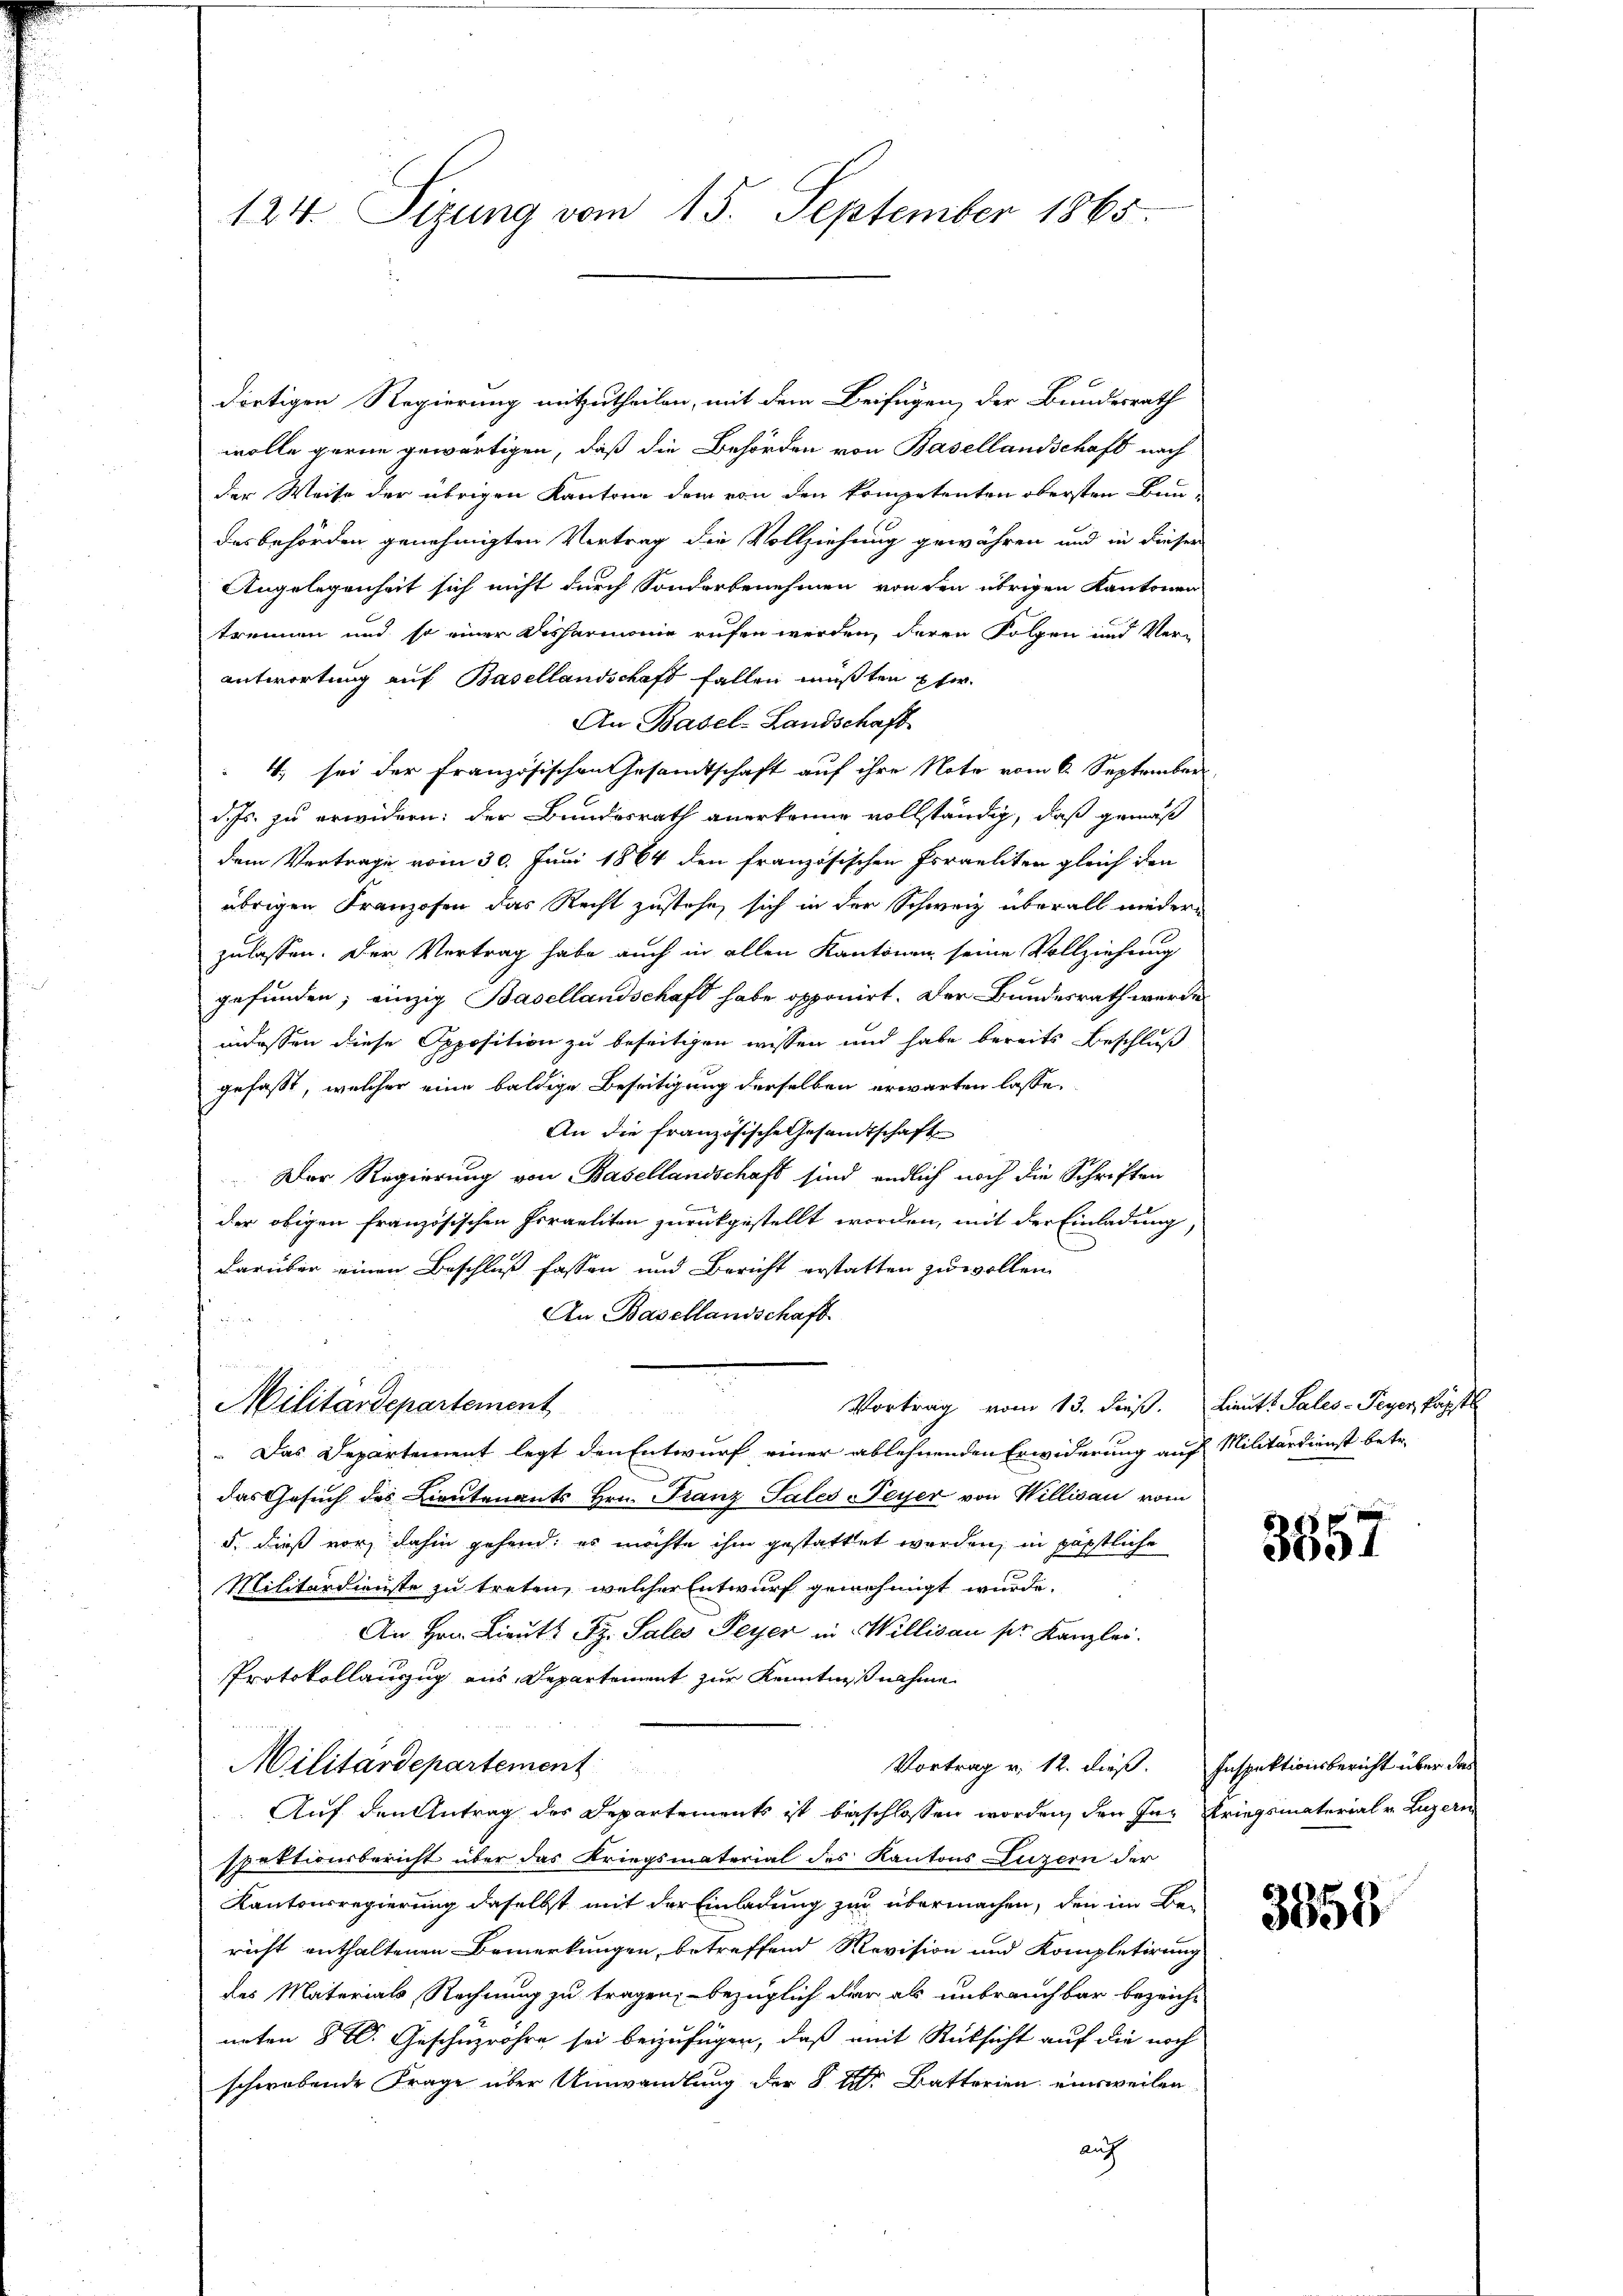
124. Sizung vom 15. September 1865.

dortigen Regierung mitzutheilen, mit dem Beifügen, der Bundesrath
wolle gerne gewärtigen, daß die Behörden von Basellandschaft nach
der Weise der übrigen Kantone dem von den kompetenten obersten Baudesbehörden genehmigten Vertrag die Vollziehung gewähren und in dieser
Angelegenheit sich nicht durch Sonderbenehmen von den übrigen Kantonen
trennen und so einer Disharmonie rufen werden, deren Folgen und Ver-
antwortung auf Basellandschaft fallen müßten pfer.
An Basel-Landschaft
4. sei der Französischen Gesamtschaft auf ihre Note vom 6. September
d. Js. zu erwidern: der Bundesrath anerkenne vollständig, daß gemäß
dem Vertrage vom 30. Juni 1864 den französischen Israeliter gleich den
übrigen Franzosen das Recht zustehe, sich in der Schweiz überall niederzulassen. Der Vertrag habe auch in allen Kantonen seine Vollziehung
gefunden; einzig Basellandschaft habe opponirt. Der Bundesrath werde
indessen diese Opposition zu beseitigen wissen und habe bereits Beschluß
gefasst, welcher eine baldige Beseitigung derselben erwarten lasse.
An die französische Gesandtschaft
Der Regierung von Basellandschaft sind endlich noch die Schriften
der obigen französischen Israeliton zurückgestellt worden, mit der Einladung,
darüber einen Beschluß fassen und Bericht erstatten zu wollen
An Basellandschaft.
.

Vortrag vom 13. dieß. Lieut. Sales - Feyer, Papstl
Militärdepartement
 Das Departement legt den Entwurf einer ablehnenden Erwiderung auf Militärdienst betr.
das Gesuch des Lieutenants Hrn. Franz Pales Peyer von Willisau vom
5. dieß vor, dahin gehend, es möchte ihm gestattet werden, in päpstliche
Militärdienste zu treten, welcher Entwurf genehmigt wurde.
An Hrn. Lieut. Fr. Sales Peyer in Willisau pr. Kanzlei.
Protokollanzug aus Departement zur Kenntnißnahme
Militärdepartement
Vortrag v. 12. dieß. Inspektionsbericht über der
Auf den Antrag des Departements ist beschlossen worden, den In- Kriegsmaterial v. Luzern
spektionsbericht über das Kriegsmaterial des Kantons Luzern der
Kantonsregierung daselbst mit der Einladung zur übermachen, den im Bericht enthaltenen Bemerkungen, betreffend Revision und Kompletirung
des Materials, Rechnung zu tragen, – bezüglich der als unbrauchbar bezeicht
unten St. Geschüzrohre sei beizufügen, daß mit Rücksicht auf die noch
schwebende Frage über Umwandlung der §. 2. Batterien einsweilen
auch

3657

3555